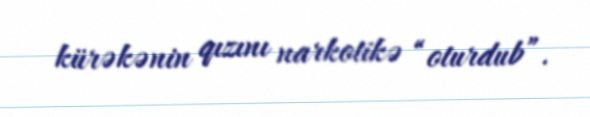
kürəkənin qızını narkotikə “oturdub”.